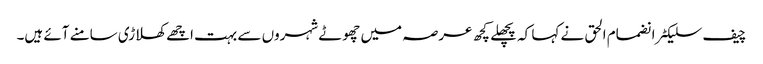
چیف سلیکٹر انضمام الحق نے کہا کہ پچھلے کچھ عرصہ میں چھوٹے شہروں سے بہت اچھے کھلاڑی سامنے آئے ہیں۔